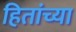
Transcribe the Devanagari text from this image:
हितांच्या